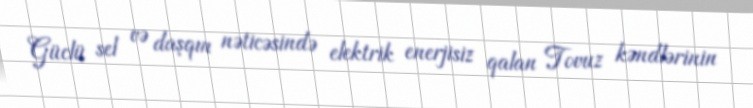
Güclü sel və daşqın nəticəsində elektrik enerjisiz qalan Tovuz kəndlərinin